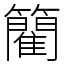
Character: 䉮